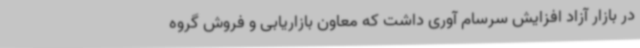
در بازار آزاد افزایش سرسام آوری داشت که معاون بازاریابی و فروش گروه